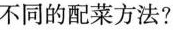
不同的配菜方法?